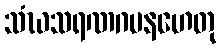
သံဃသရဏဂမနဟေတု